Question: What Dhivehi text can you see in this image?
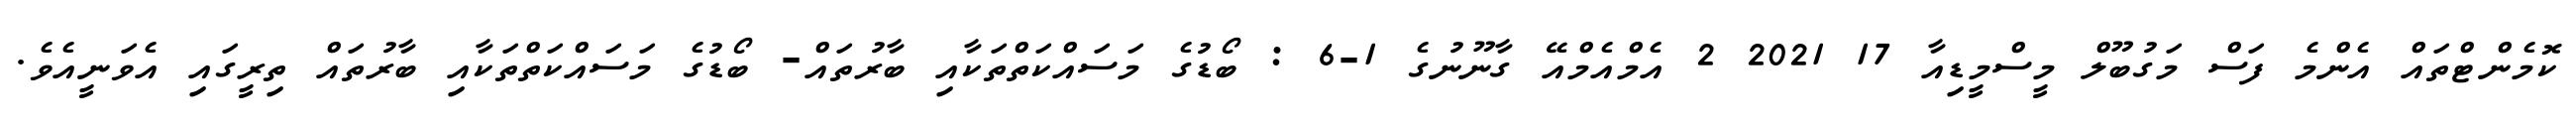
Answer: ކޮމެންޓްތައް އެންމެ ފަސް މަގުބޫލް މީސްމީޑިއާ 17 2021 2 އެމްއެމްއޭ ގާނޫނުގެ 1-6 : ބޯޑުގެ މަސައްކަތްތަކާއި ބާރުތައް- ބޯޑުގެ މަސައްކަތްތަކާއި ބާރުތައް ތިރީގައި އެވަނީއެވެ.